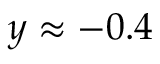
y \approx - 0 . 4